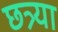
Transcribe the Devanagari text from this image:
छत्र्‍या